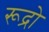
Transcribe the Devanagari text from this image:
रूद्रो